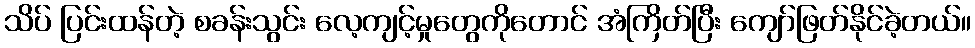
သိပ် ပြင်းထန်တဲ့ စခန်းသွင်း လေ့ကျင့်မှုတွေကိုတောင် အံကြိတ်ပြီး ကျော်ဖြတ်နိုင်ခဲ့တယ်။